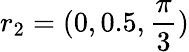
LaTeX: r_{2}=(0,0.5,\frac{\pi}{3})